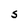
Character: s